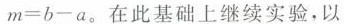
$$m=b-a$$。在此基础上继续实验，以